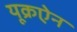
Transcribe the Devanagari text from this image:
यूक्रऐन